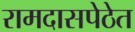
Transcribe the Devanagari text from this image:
रामदासपेठेत